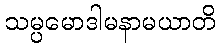
သမ္ပမောဒါမနာမယာတိ